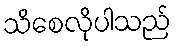
သိစေလိုပါသည်